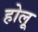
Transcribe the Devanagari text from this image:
होलू